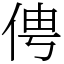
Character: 俜